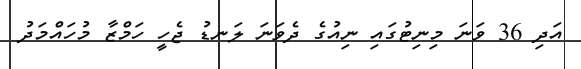
އަދި 36 ވަނަ މިނިޓުގައި ނިއުގެ ދެވަނަ ލަނޑު ޖެހީ ހަމްޒާ މުހައްމަދު